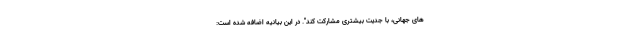
های جهانی، با جدیت بیشتری مشارکت کند". در این بیانیه اضافه شده است: